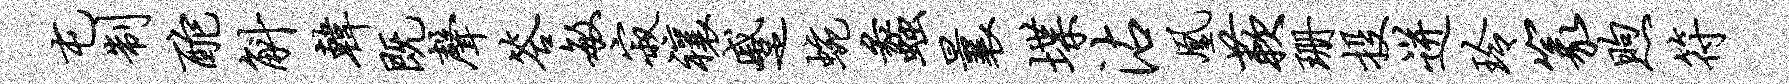
屯制酡斛韩既声答敏寂禳蹙蜿蠡曩堞沾凰蔌珊投迸玲篆煦符